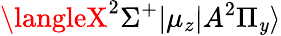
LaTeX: \langleX^{2}\Sigma^{+}|\mu_{z}|A^{2}\Pi_{\mathit{y}}\rangle